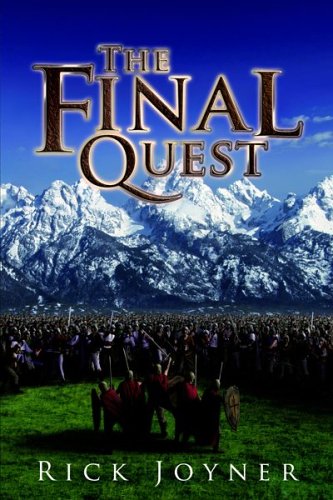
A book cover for The Final Quest; Rick Joyner; Christian Books & Bibles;